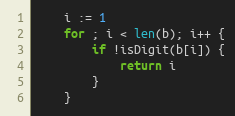
Language: Go
	i := 1
	for ; i < len(b); i++ {
		if !isDigit(b[i]) {
			return i
		}
	}